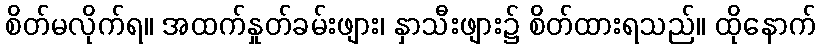
စိတ်မလိုက်ရ။ အထက်နှုတ်ခမ်းဖျား၊ နှာသီးဖျား၌ စိတ်ထားရသည်။ ထိုနောက်